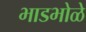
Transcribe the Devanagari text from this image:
भाडभोळे